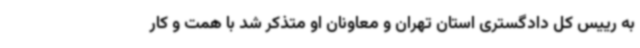
به رییس کل دادگستری استان تهران و معاونان او متذکر شد با همت و کار